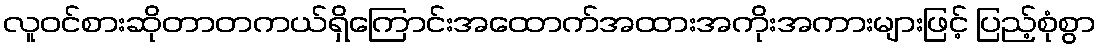
လူဝင်စားဆိုတာတကယ်ရှိကြောင်းအထောက်အထားအကိုးအကားများဖြင့် ပြည့်စုံစွာ